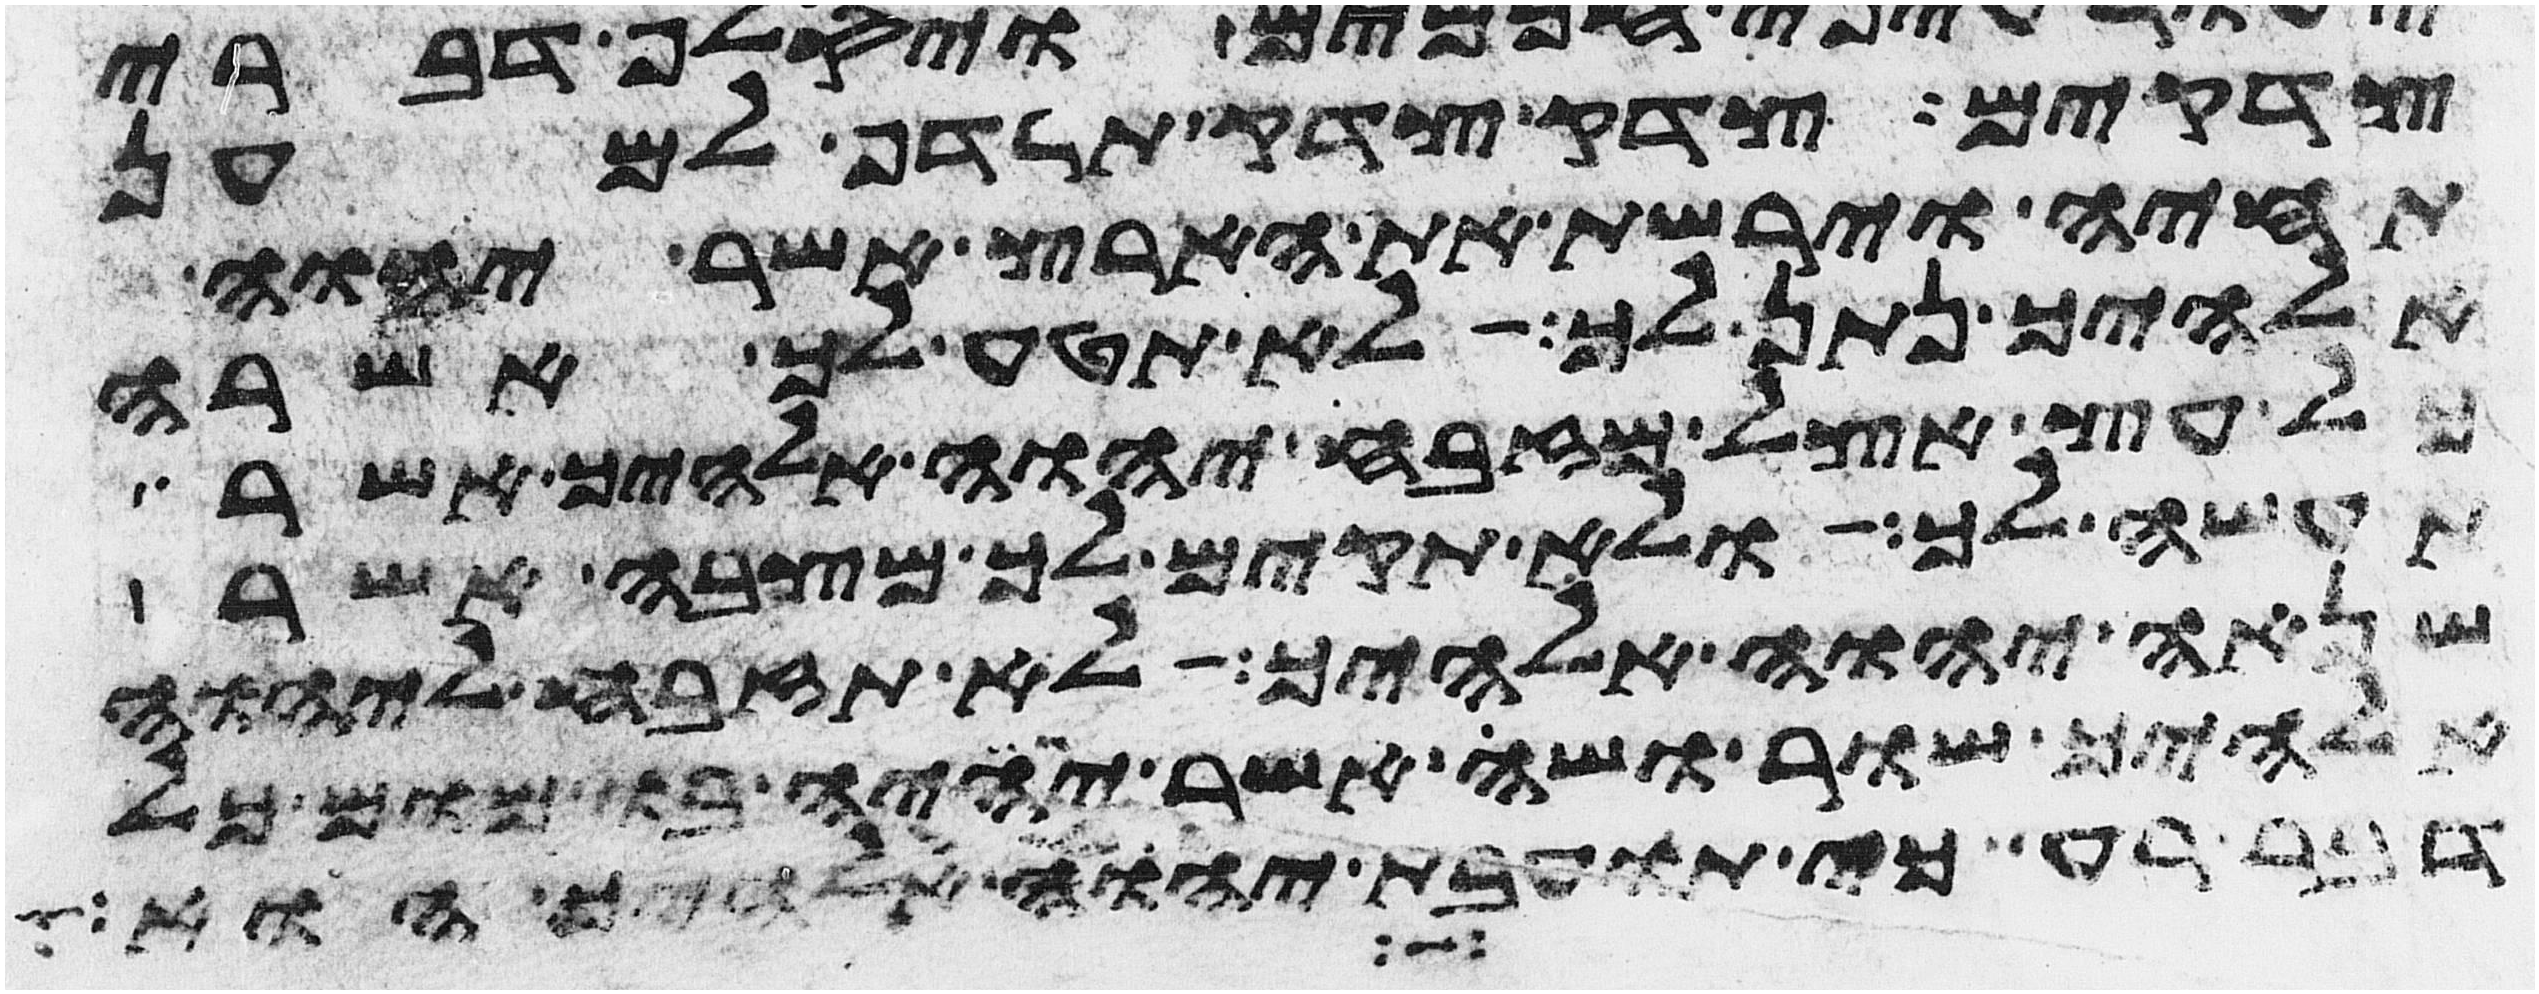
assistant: צדקים צדק צדק תרדף למען
תחיה וירשת את הארץ אשר יהוה
אלהיך נתן לך לא תטע לך אשרה
כל עץ אצל מזבח יהוה אלהיך אשר
תעשה לך ולא תקים לך מצבה אשר
שנאה יהוה אלהיך לא תזבח ליהוה
אלהיך שור ושה אשר יהיה בו מום כל
דבר רע כי תועבת יהוה אלהיך הוא